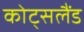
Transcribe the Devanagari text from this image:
कोट्सलैंड